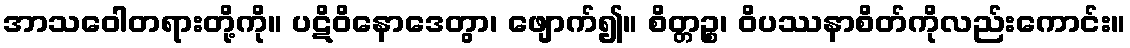
အာသဝေါတရားတို့ကို။ ပဋိဝိနောဒေတွာ၊ ဖျောက်၍။ စိတ္တဉ္စ၊ ဝိပဿနာစိတ်ကိုလည်းကောင်း။